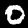
Digit: 0